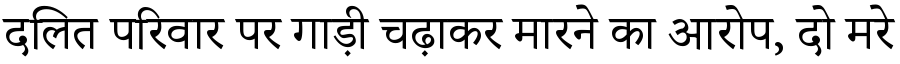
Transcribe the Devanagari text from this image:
दलित परिवार पर गाड़ी चढ़ाकर मारने का आरोप, दो मरे